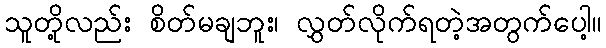
သူတို့လည်း စိတ်မချဘူး၊ လွှတ်လိုက်ရတဲ့အတွက်ပေါ့။